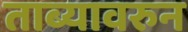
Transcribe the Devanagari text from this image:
ताब्यावरुन